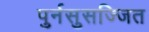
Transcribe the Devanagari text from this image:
पुर्नसुसज्जित